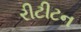
રીટીટન